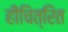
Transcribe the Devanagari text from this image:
हीचित्रित